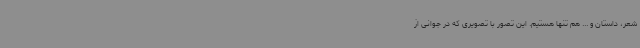
شعر، داستان و ... هم تنها هستیم. این تصور با تصویری که در جوانی از